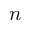
n